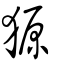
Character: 獂